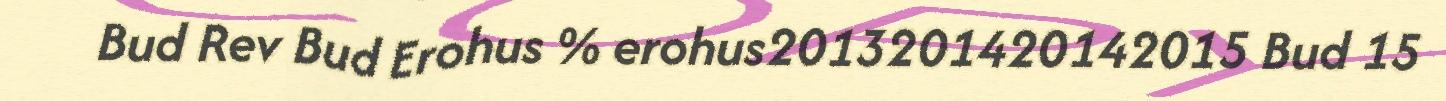
Bud Rev Bud Erohus % erohus2013201420142015 Bud 15